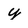
Character: y